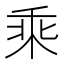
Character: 乘